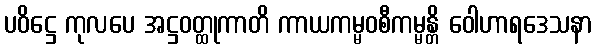
ပဝိဋ္ဌေ ကုလပေ အဋ္ဌဝတ္ထုကာတိ ကာယကမ္မဝစီကမ္မန္တိ ဝေါဟာရဒေသနာ